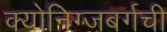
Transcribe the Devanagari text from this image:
क्योनिग्जबर्गची